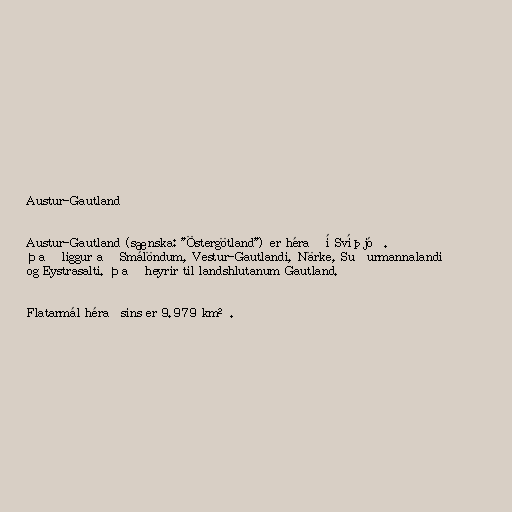
Austur-Gautland

Austur-Gautland (sænska: "Östergötland") er hérað í Svíþjóð.
Það liggur að Smálöndum, Vestur-Gautlandi, Närke, Suðurmannalandi
og Eystrasalti. Það heyrir til landshlutanum Gautland.

Flatarmál héraðsins er 9.979 km².